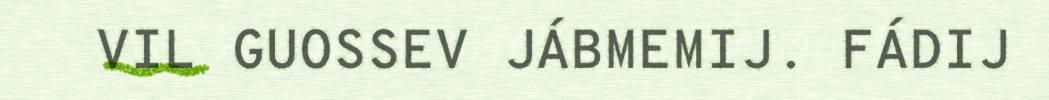
VIL GUOSSEV JÁBMEMIJ. FÁDIJ